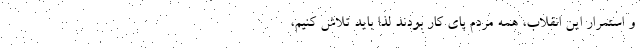
و استمرار این انقلاب، همه مردم پای کار بودند لذا باید تلاش کنیم،